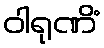
ဝါရုဏိံ